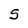
Character: s